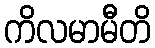
ကိလမာမီတိ